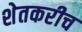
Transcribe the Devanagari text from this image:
शेतकरीच